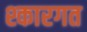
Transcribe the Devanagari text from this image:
श्कारगत